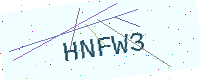
Text: HNFW3